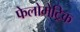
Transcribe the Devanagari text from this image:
फेलोमेट्रिक